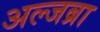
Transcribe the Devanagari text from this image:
अल्जब्रा